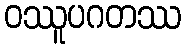
ဝဿူပဂတဿ